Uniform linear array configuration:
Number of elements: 64
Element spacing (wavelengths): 0.5
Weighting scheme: uniform
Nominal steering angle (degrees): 15
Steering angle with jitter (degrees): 15.219
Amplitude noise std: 0.05
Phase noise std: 0.05

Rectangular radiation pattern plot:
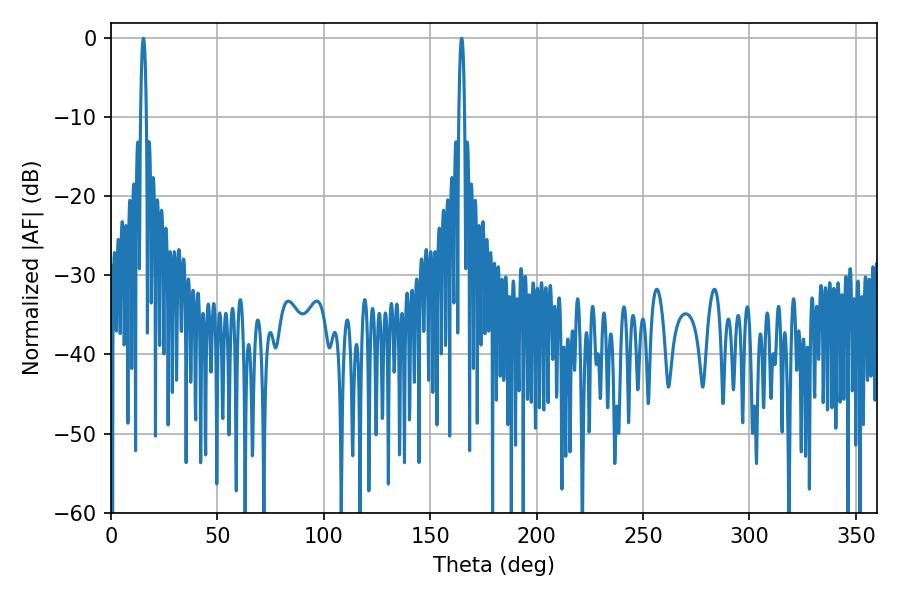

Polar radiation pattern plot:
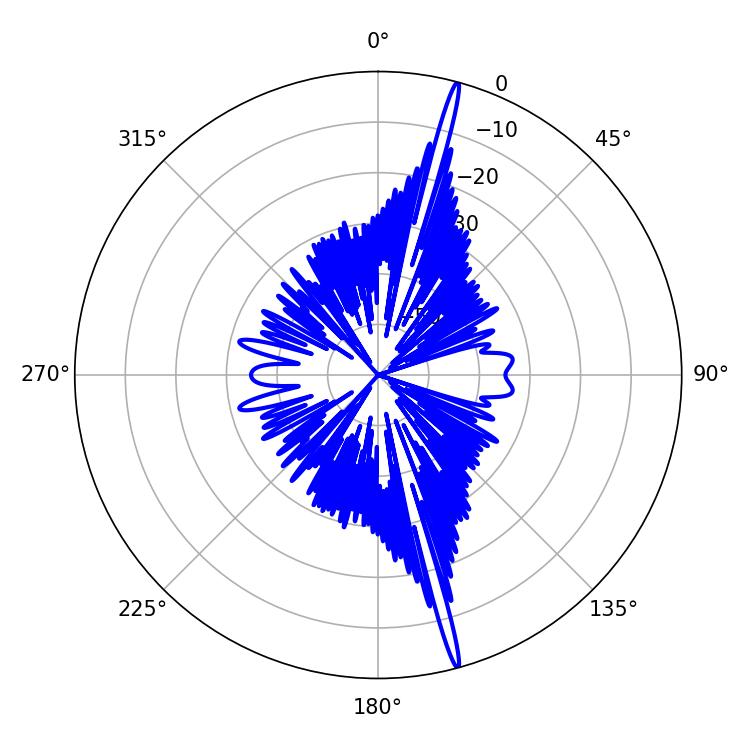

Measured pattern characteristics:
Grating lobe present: FALSE
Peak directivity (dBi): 20.71
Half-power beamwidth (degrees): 1.44
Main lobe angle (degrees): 164.7